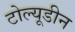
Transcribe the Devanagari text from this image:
टोल्यूडीन